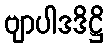
ဗျာပါဒဒိဋ္ဌိ